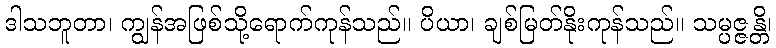
ဒါသဘူတာ၊ ကျွန်အဖြစ်သို့ရောက်ကုန်သည်။ ပိယာ၊ ချစ်မြတ်နိုးကုန်သည်။ သမ္ပဇ္ဇန္တိ၊